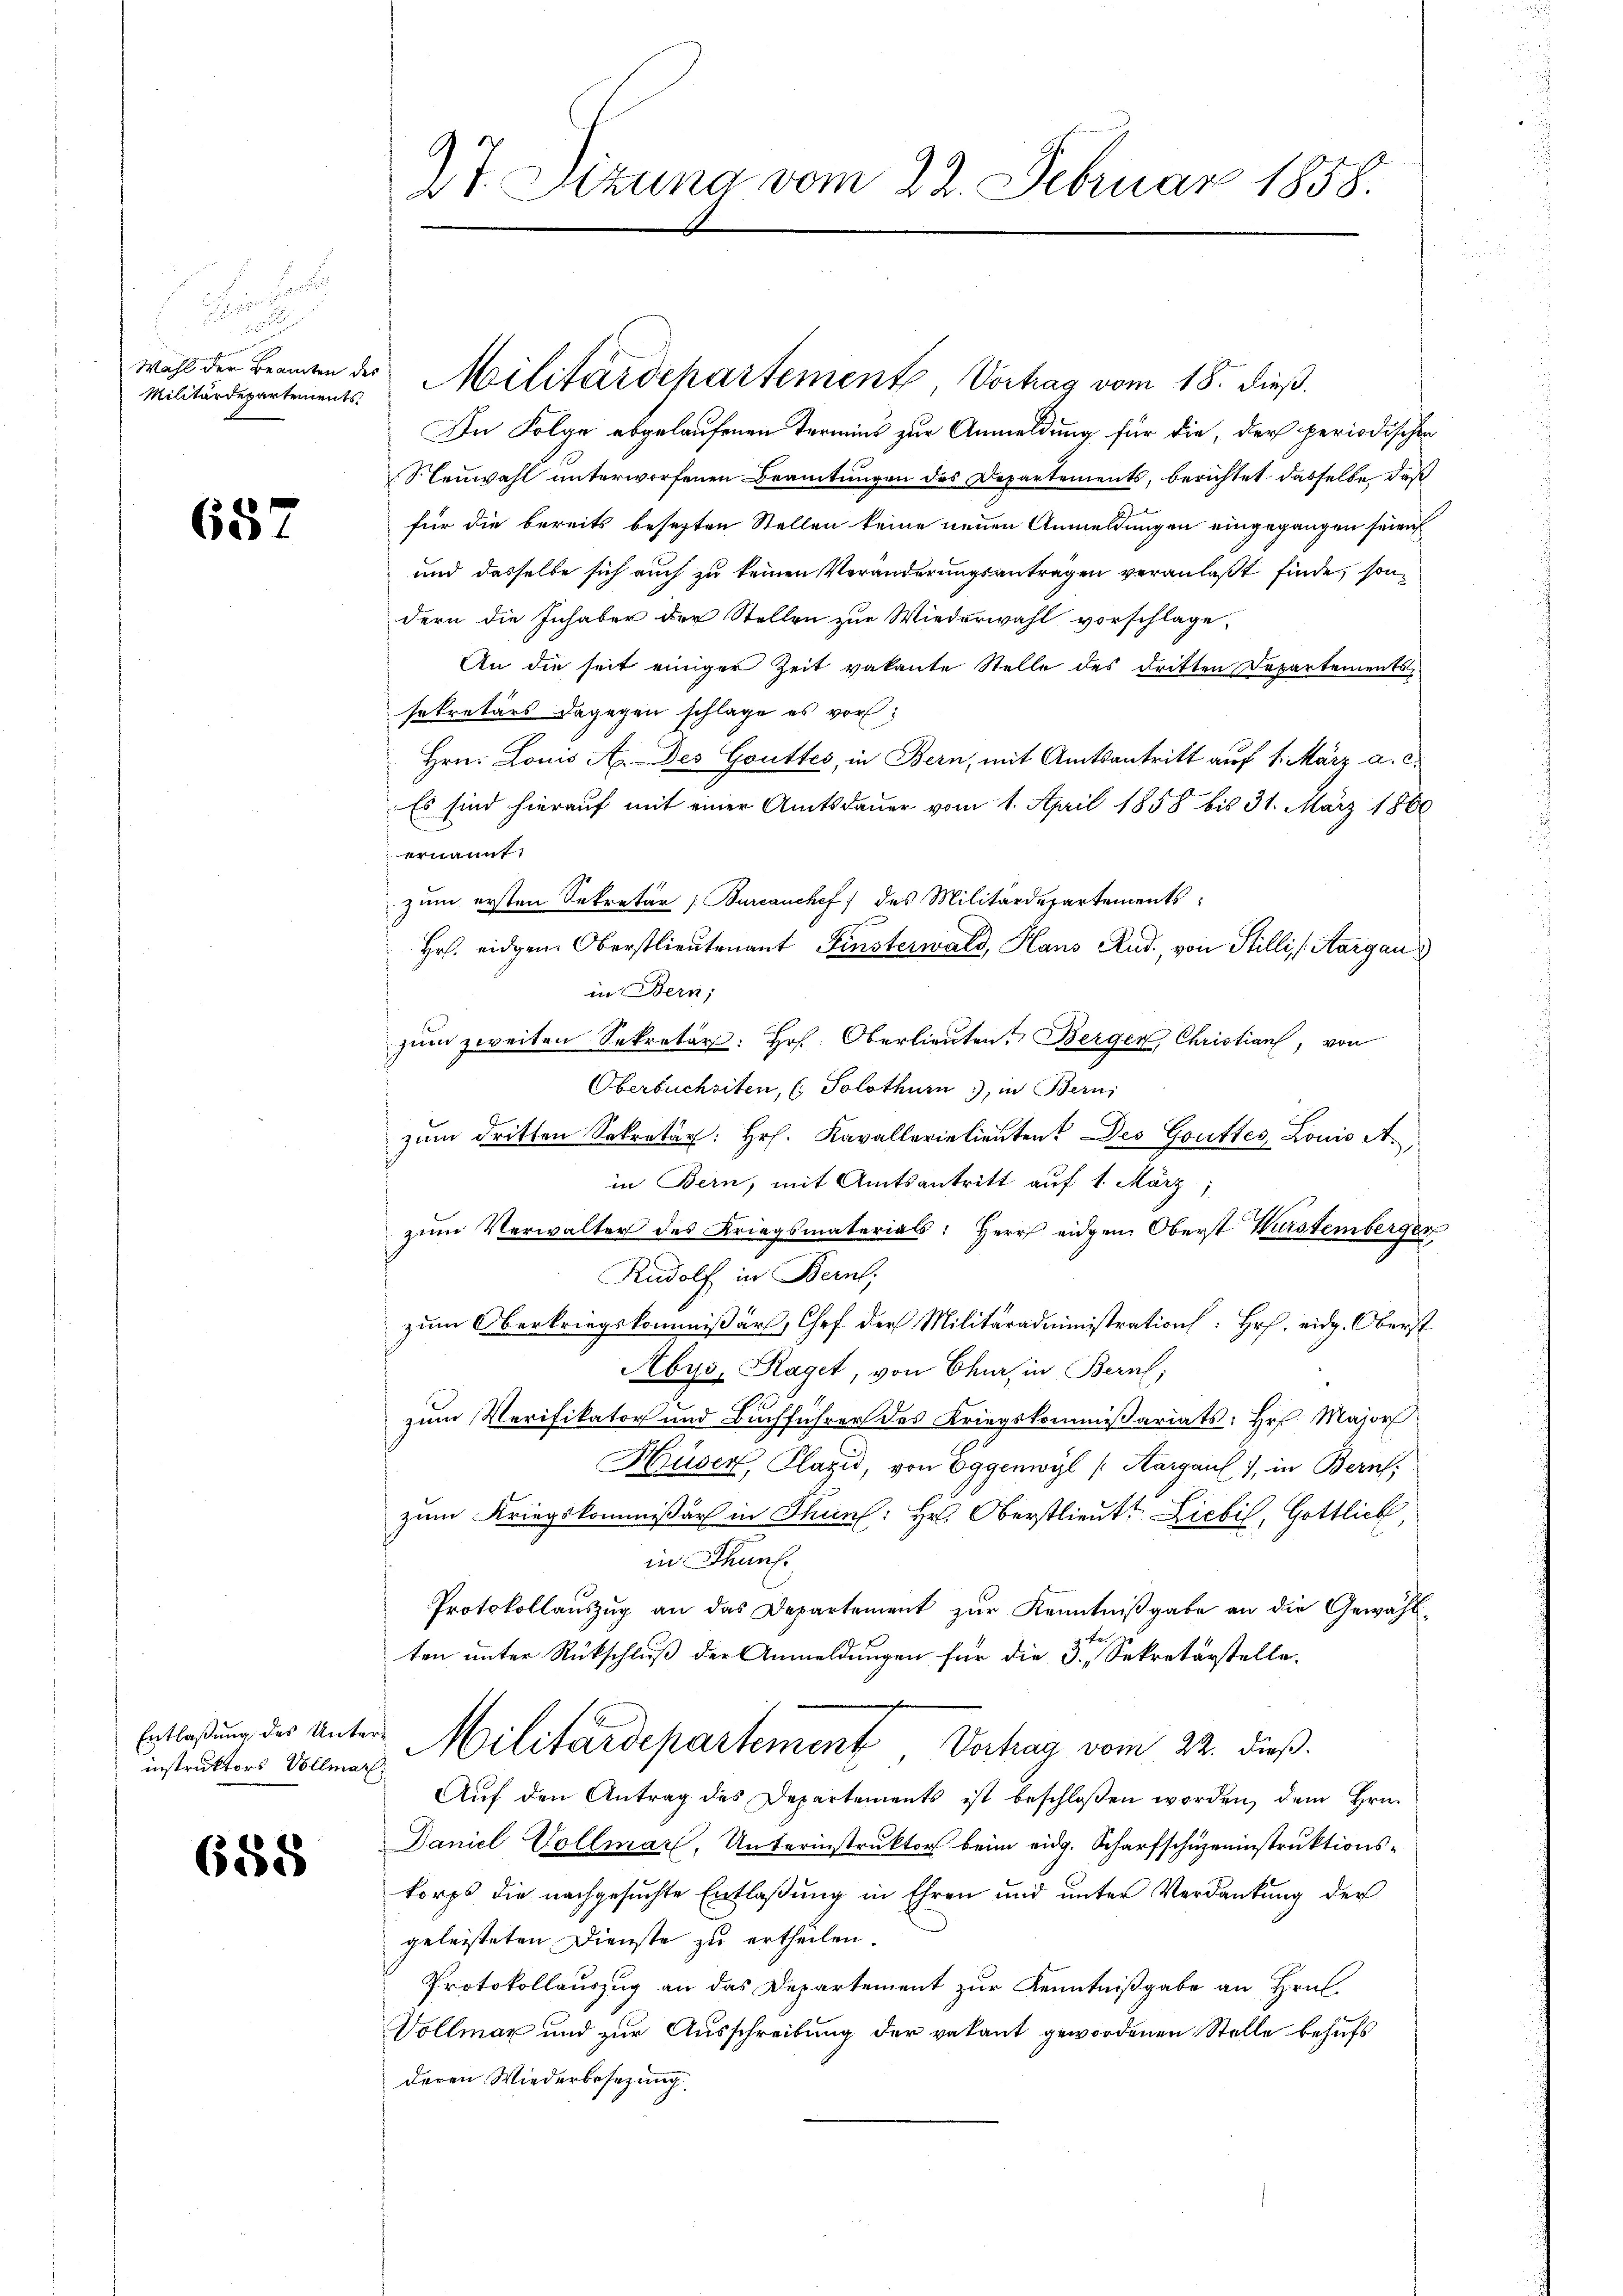
Bern als

Wahl der Beamten des
Militärdepartements

657

Entlaßung des Unterinstruktors Vollmar

688

Militärdepartement Vortrag vom 18. dieß.
In Folge abgelaufenen Termins zur Anmeldung für die, der periodischen
Neuwahl unterworfenen Beamtungen des Departements, berichtet dasselbe daß
für die bereits besezten Stellen keine neuen Anmeldungen eingegangen seien
und dasselbe sich auch zu keinen Veränderungsantragen veranlaßt finde, sondern die Inhaber der Stellen zur Wiederwahl vorschlage,
An die seit einiger Zeit vakante Stelle des dritten Departements
sekretärs dagegen schlage es vor¬
Hrn. Louis A. Des Gouttés, in Bern, mit Amtsantritt auf 1. März a. c.
Es sind hierauf mit einer Amtsdauer vom 1. April 1858 bis 31. März 1800
ernannt.
zum ersten Sekretär: Burcanchef des Militärdepartements:
Hr. eidgen Oberstlieutenant Finsterwald, Haus Rud., von Stilli (Aargau)
in Bern;
zŭm zweiten Sekretär: Hr. Oberlieuten Berger, Christian, von
Oberbuchsiten, ( Solothurn, in Bern,
zum dritten Sekretär: Hr. Kavallerielieuten Des Gottes Louis A
in Bern, mit Amtsantritt auf 1. März,
zŭm Verwalter des Kriegsmaterials: Herr eidgen. Oberst Wurstemberger
Rudolf in Bern,
zum Oberkriegskommissär, Chef der Militäradministration: Hr. eidg. Oberst
Abys, Raget, von Churs in Bern,
zum Verifikator und Buchführer des Kriegskommissariats: Hr. Majors
Huser, Plazić, von Eggenwyl (Aargauf), in Bern,
zum Kriegskommissär in Thuns: Hr. Oberstlieut. Liebil, Gottlich,
in Thun.
Protokollauszug an das Departement zur Kenntnißgabe an die Gewählten unter Rückschluß der Anmeldungen für die 3. Sekretärstelle-
Militärdepartement Vertrag vom 22. dieß
Auf den Antrag des Departements ist beschlossen worden, dem Hrn.
Daniel Vollmar, Unterinstruktor beim eidg. Scharfschuzeninstruktions-
korps die nachgesuchte Entlaßung in Ehren und unter Verdankung der
geleisteten Dienste zu ertheilen
Protokollauszug an das Departement zur Kenntnißgabe an Hrn.
Vollmar und zur Ausschreibung der vakant gewordenen Stelle behufs
deren Wiederbesezung.

27. Sitzung vom 22. Februar 1858.